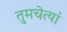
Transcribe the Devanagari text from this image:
तुमचेत्यां